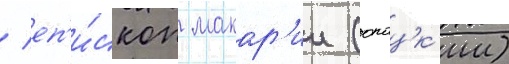
/ еп'и́скоп макар'ии (опоцк'ии)